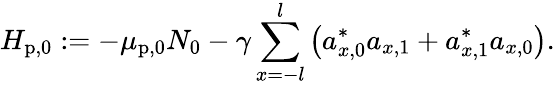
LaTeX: H_{\mathrm{p},0}:=-\mu_{\mathrm{p},0}N_{0}-\gamma\sum_{x=-l}^{l}\left(a_{x,0}^{\ast}a_{x,1}+a_{x,1}^{\ast}a_{x,0}\right).